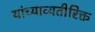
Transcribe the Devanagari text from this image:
यांच्याव्यतीरिक्त